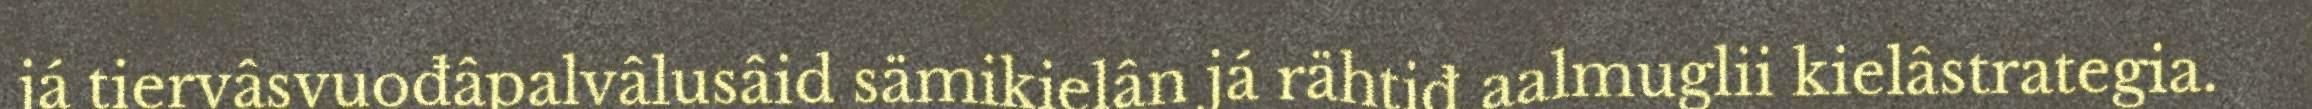
já tiervâsvuođâpalvâlusâid sämikielân já rähtiđ aalmuglii kielâstrategia.